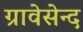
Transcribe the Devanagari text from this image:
ग्रावेसेन्द